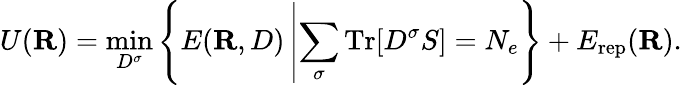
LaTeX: U({\mathbf R})=\operatorname*{min}_{D^{\sigma}}\left\{ E({\mathbf R},D)\left\vert\sum_{\sigma}\mathrm{Tr}[D^{\sigma}S]=N_{e}\right.\right\} +E_{\mathrm{rep}}({\mathbf R}).